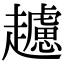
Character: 𧾧